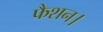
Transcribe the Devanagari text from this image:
फैशन।